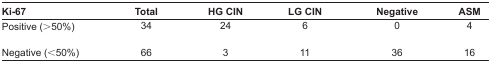
| Ki-67 | Total | HG CIN | LG CIN | Negative | ASM |
 | --- | --- | --- | --- | --- | --- |
 | Positive (>50%) | 34 | 24 | 6 | 0 | 4 |
 | Negative (<50%) | 66 | 3 | 11 | 36 | 16 |